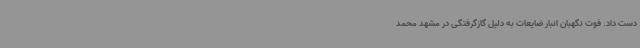
دست داد. فوت نگهبان انبار ضایعات به‌ دلیل گازگرفتگی در مشهد محمد